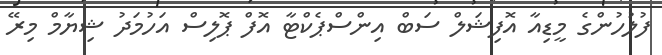
ފުލުހުންގެ މީޑިއާ އޮފިޝަލް ސަބް އިންސްޕެކްޓާ އޮފް ޕޮލިސް އަހުމަދު ޝިޔާމް މިރޭ